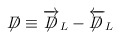
\begin{align*}\not\!\!D\equiv\overrightarrow{\not\!\!D}_{L}-\overleftarrow{\not\!\!D}_{L}\end{align*}